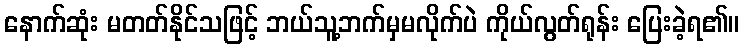
နောက်ဆုံး မတတ်နိုင်သဖြင့် ဘယ်သူ့ဘက်မှမလိုက်ပဲ ကိုယ်လွတ်ရုန်း ပြေးခဲ့ရ၏။